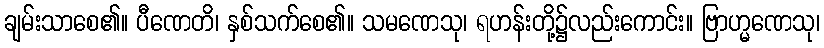
ချမ်းသာစေ၏။ ပီဏေတိ၊ နှစ်သက်စေ၏။ သမဏေသု၊ ရဟန်းတို့၌လည်းကောင်း။ ဗြာဟ္မဏေသု၊